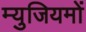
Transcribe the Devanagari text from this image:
म्युजियमों